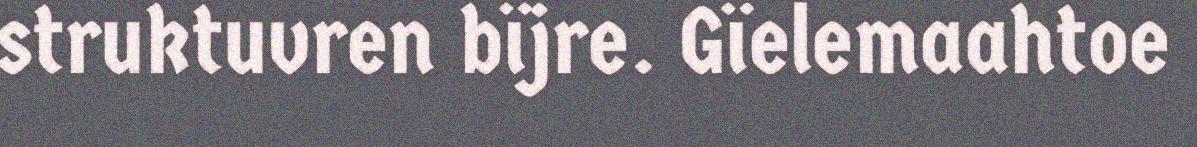
struktuvren bïjre. Gïelemaahtoe